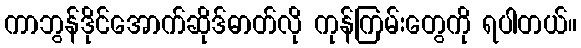
ကာဘွန်ဒိုင်အောက်ဆိုဒ်ဓာတ်လို ကုန်ကြမ်းတွေကို ရပါတယ်။